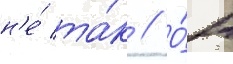
н'е́ та́к // О́н